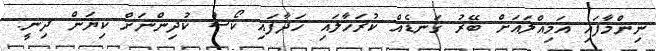
ނިންމާފައި އަމިއްލައަށް ބޭރު ގަނޑެއް ކުރަހާލައި ހަދާފައި ކޯސް ކުދިންނަށް ކިޔަން ދިނީ.